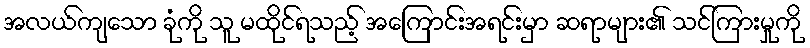
အလယ်ကျသော ခုံကို သူ မထိုင်ရသည့် အကြောင်းအရင်းမှာ ဆရာများ၏ သင်ကြားမှုကို